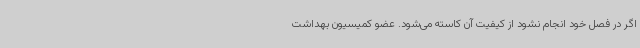
اگر در فصل خود انجام نشود از کیفیت آن کاسته می‌شود. عضو کمیسیون بهداشت